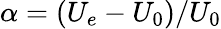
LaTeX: \alpha=(U_{e}-U_{0})/U_{0}